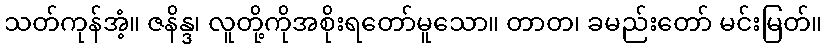
သတ်ကုန်အံ့။ ဇနိန္ဒ၊ လူတို့ကိုအစိုးရတော်မူသော။ တာတ၊ ခမည်းတော် မင်းမြတ်။